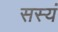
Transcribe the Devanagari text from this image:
सस्यं